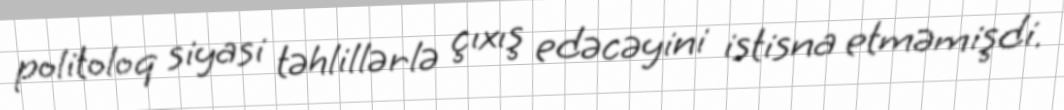
politoloq siyasi təhlillərlə çıxış edəcəyini istisna etməmişdi.